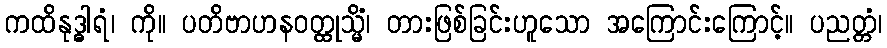
ကထိနုဒ္ဓါရံ၊ ကို။ ပတိဗာဟနဝတ္ထုသ္မိံ၊ တားဖြစ်ခြင်းဟူသော အကြောင်းကြောင့်။ ပညတ္တံ၊